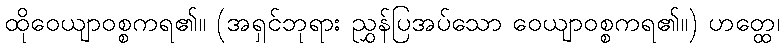
ထိုဝေယျာဝစ္စကရ၏။ (အရှင်ဘုရား ညွှန်ပြအပ်သော ဝေယျာဝစ္စကရ၏။) ဟတ္ထေ၊